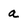
Character: a